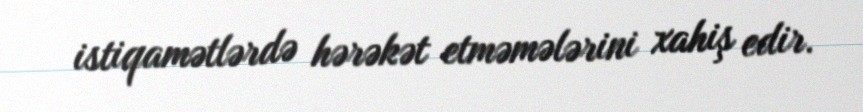
istiqamətlərdə hərəkət etməmələrini xahiş edir.